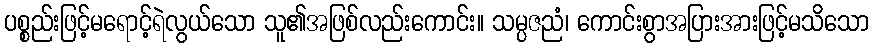
ပစ္စည်းဖြင့်မရောင့်ရဲလွယ်သော သူ၏အဖြစ်လည်းကောင်း။ သမ္ပဇညံ၊ ကောင်းစွာအပြားအားဖြင့်မသိသော